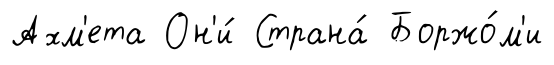
Ахм'ета Он'и́ Страна́ Боржо́м'и